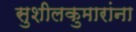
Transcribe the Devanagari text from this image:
सुशीलकुमारांना